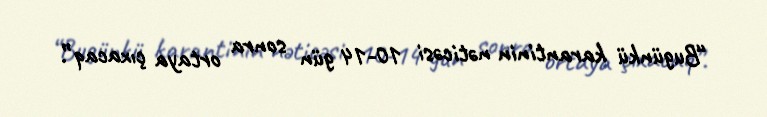
“Bugünkü karantinin nəticəsi 10-14 gün sonra ortaya çıxacaq”.